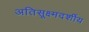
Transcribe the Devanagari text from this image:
अतिसूक्ष्मदर्शीय